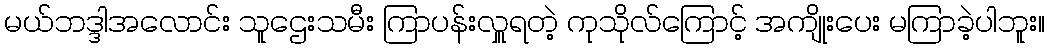
မယ်ဘဒ္ဒါအလောင်း သူဌေးသမီး ကြာပန်းလှူရတဲ့ ကုသိုလ်ကြောင့် အကျိုးပေး မကြာခဲ့ပါဘူး။